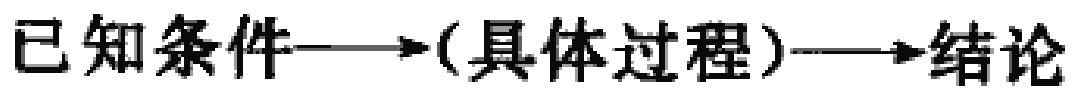
已知条件\(\longrightarrow\)(具体过程)\(\longrightarrow\)结论